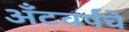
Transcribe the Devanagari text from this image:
अँटवर्पचे